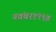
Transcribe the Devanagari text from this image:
नवंबर१९९४